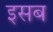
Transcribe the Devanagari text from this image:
इसब